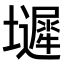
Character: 𫮼